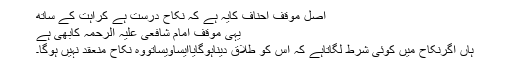
اصل موقف احناف کایہ ہے کہ نکاح درست ہے کراہت کے ساتھ
یہی موقف امام شافعی علیہ الرحمہ کابھی ہے
ہاں اگرنکاح میں کوئی شرط لگاتاہے کہ اس کو طلاق دیناہوگایاایساویساتووہ نکاح منعقد نہیں ہوگا۔